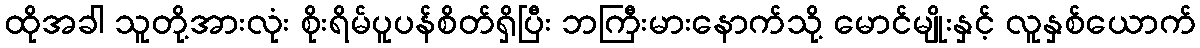
ထိုအခါ သူတို့အားလုံး စိုးရိမ်ပူပန်စိတ်ရှိပြီး ဘကြီးမားနောက်သို့ မောင်မျိုးနှင့် လူနှစ်ယောက်